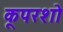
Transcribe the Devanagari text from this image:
कूपरशो